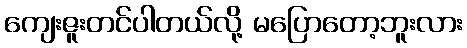
ကျေးဇူးတင်ပါတယ်လို့ မပြောတော့ဘူးလား